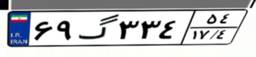
۶۹گ۳۳۴۵۴